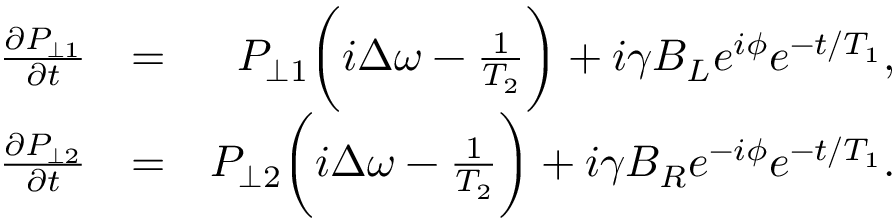
\begin{array} { r l r } { \frac { \partial P _ { \perp 1 } } { \partial t } } & { = } & { P _ { \perp 1 } \bigg ( i \Delta \omega - \frac { 1 } { T _ { 2 } } \bigg ) + i \gamma B _ { L } e ^ { i \phi } e ^ { - t / T _ { 1 } } , } \\ { \frac { \partial P _ { \perp 2 } } { \partial t } } & { = } & { P _ { \perp 2 } \bigg ( i \Delta \omega - \frac { 1 } { T _ { 2 } } \bigg ) + i \gamma B _ { R } e ^ { - i \phi } e ^ { - t / T _ { 1 } } . } \end{array}